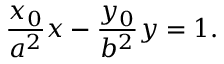
{ \frac { x _ { 0 } } { a ^ { 2 } } } x - { \frac { y _ { 0 } } { b ^ { 2 } } } y = 1 .